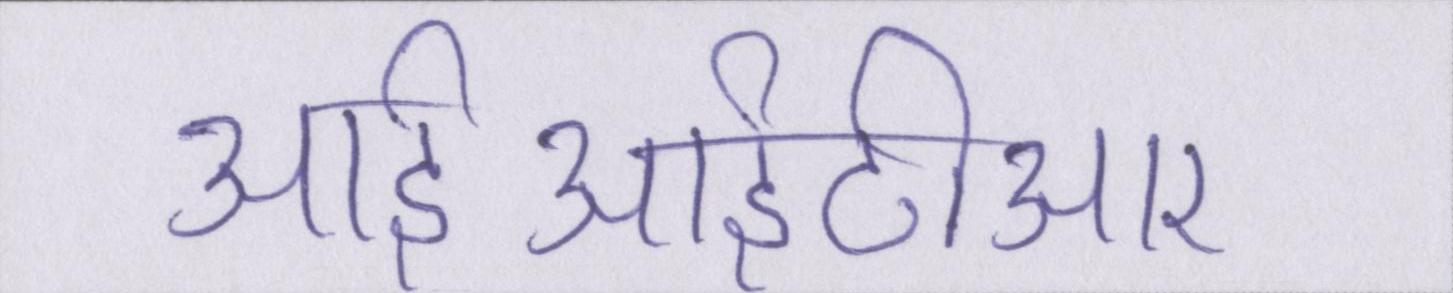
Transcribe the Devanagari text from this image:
आईआईटीआर